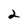
Character: 2